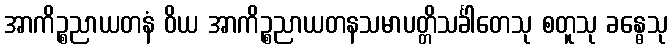
အာကိဉ္စညာယတနံ ဝိယ အာကိဉ္စညာယတနသမာပတ္တိသင်္ခါတေသု စတူသု ခန္ဓေသု